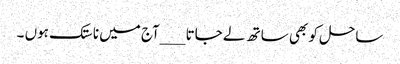
ساحل کو بھی ساتھ لے جاتا __ _آج میں ناستک ہوں ۔